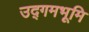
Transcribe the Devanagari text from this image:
उद्गमभूमि